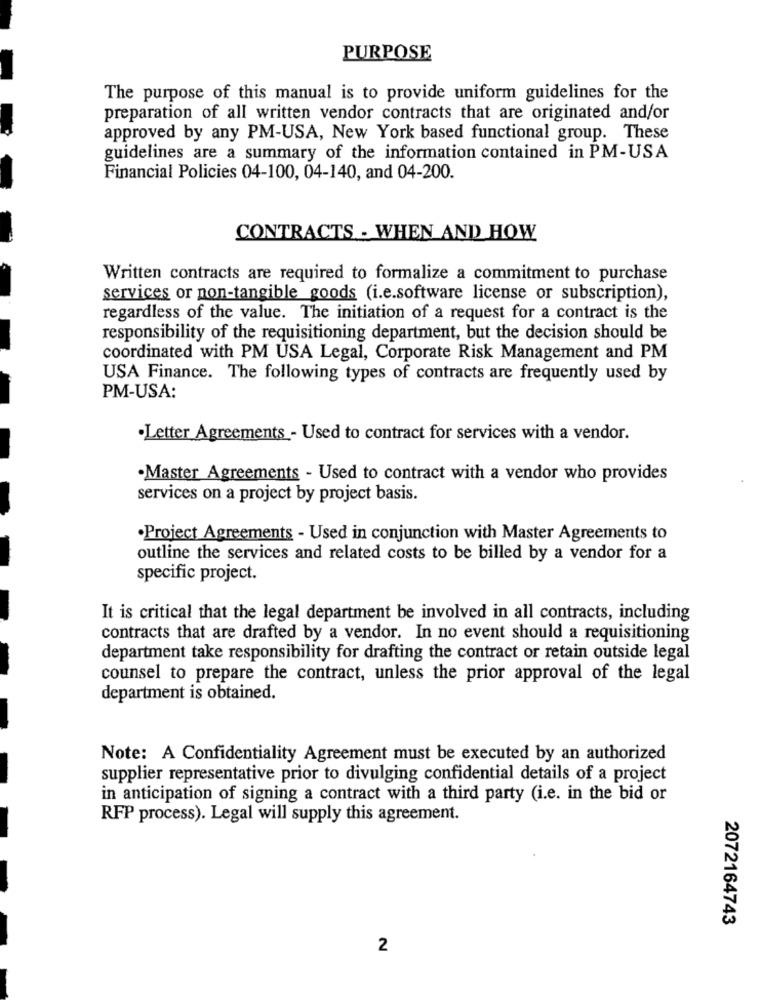
PURPOSE
The purpose of this manual is to provide uniform guidelines for the
preparation of all written vendor contracts that are originated and/or
approved by any PM-USA, New York based functional group. These
guidelines are a summary of the information contained in PM-USA
Financial Policies 04-100, 04-140, and 04-200.
CONTRACTS - WHEN AND HOW
Written contracts are required to formalize a commitment to purchase
services or non-tangible goods (i.e.software license or subscription),
regardless of the value. The initiation of a request for a contract is the
responsibility of the requisitioning department, but the decision should be
coordinated with PM USA Legal, Corporate Risk Management and PM
USA Finance. The following types of contracts are frequently used by
PM-USA:
·Letter Agreements - Used to contract for services with a vendor.
· Master Agreements - Used to contract with a vendor who provides
services on a project by project basis.
·Project Agreements - Used in conjunction with Master Agreements to
outline the services and related costs to be billed by a vendor for a
specific project.
It is critical that the legal department be involved in all contracts, including
contracts that are drafted by a vendor. In no event should a requisitioning
department take responsibility for drafting the contract or retain outside legal
counsel to prepare the contract, unless the prior approval of the legal
department is obtained.
Note: A Confidentiality Agreement must be executed by an authorized
supplier representative prior to divulging confidential details of a project
in anticipation of signing a contract with a third party (i.e. in the bid or
RFP process). Legal will supply this agreement.
2072164743
2